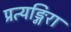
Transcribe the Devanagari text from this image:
प्रत्यङ्गिरा